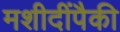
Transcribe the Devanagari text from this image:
मशीदींपैकी